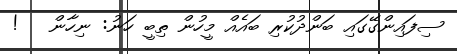
ސިފައިންގޭގައި ބަންދުކުރި ބައެއް މީހުން ތިބީ ހަނު: ނިހާން   !